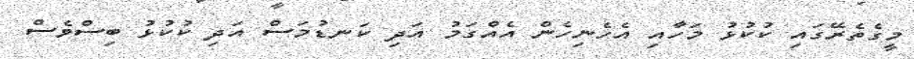
މީގެތެރޭގައި ކުކުޅު މަހާއި އެހެނިހެން އެއްގަމު އަދި ކަނޑުމަސް އަދި ކުކުޅު ބިސްވެސް